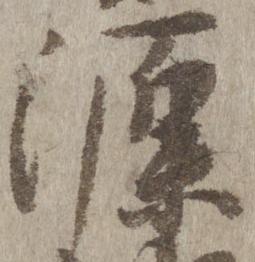
源